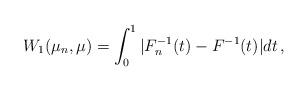
LaTeX: \begin{align*} W_1(\mu_n, \mu)= \int_0^1 |F_n^{-1}(t)-F^{-1}(t)| dt \, ,\end{align*}